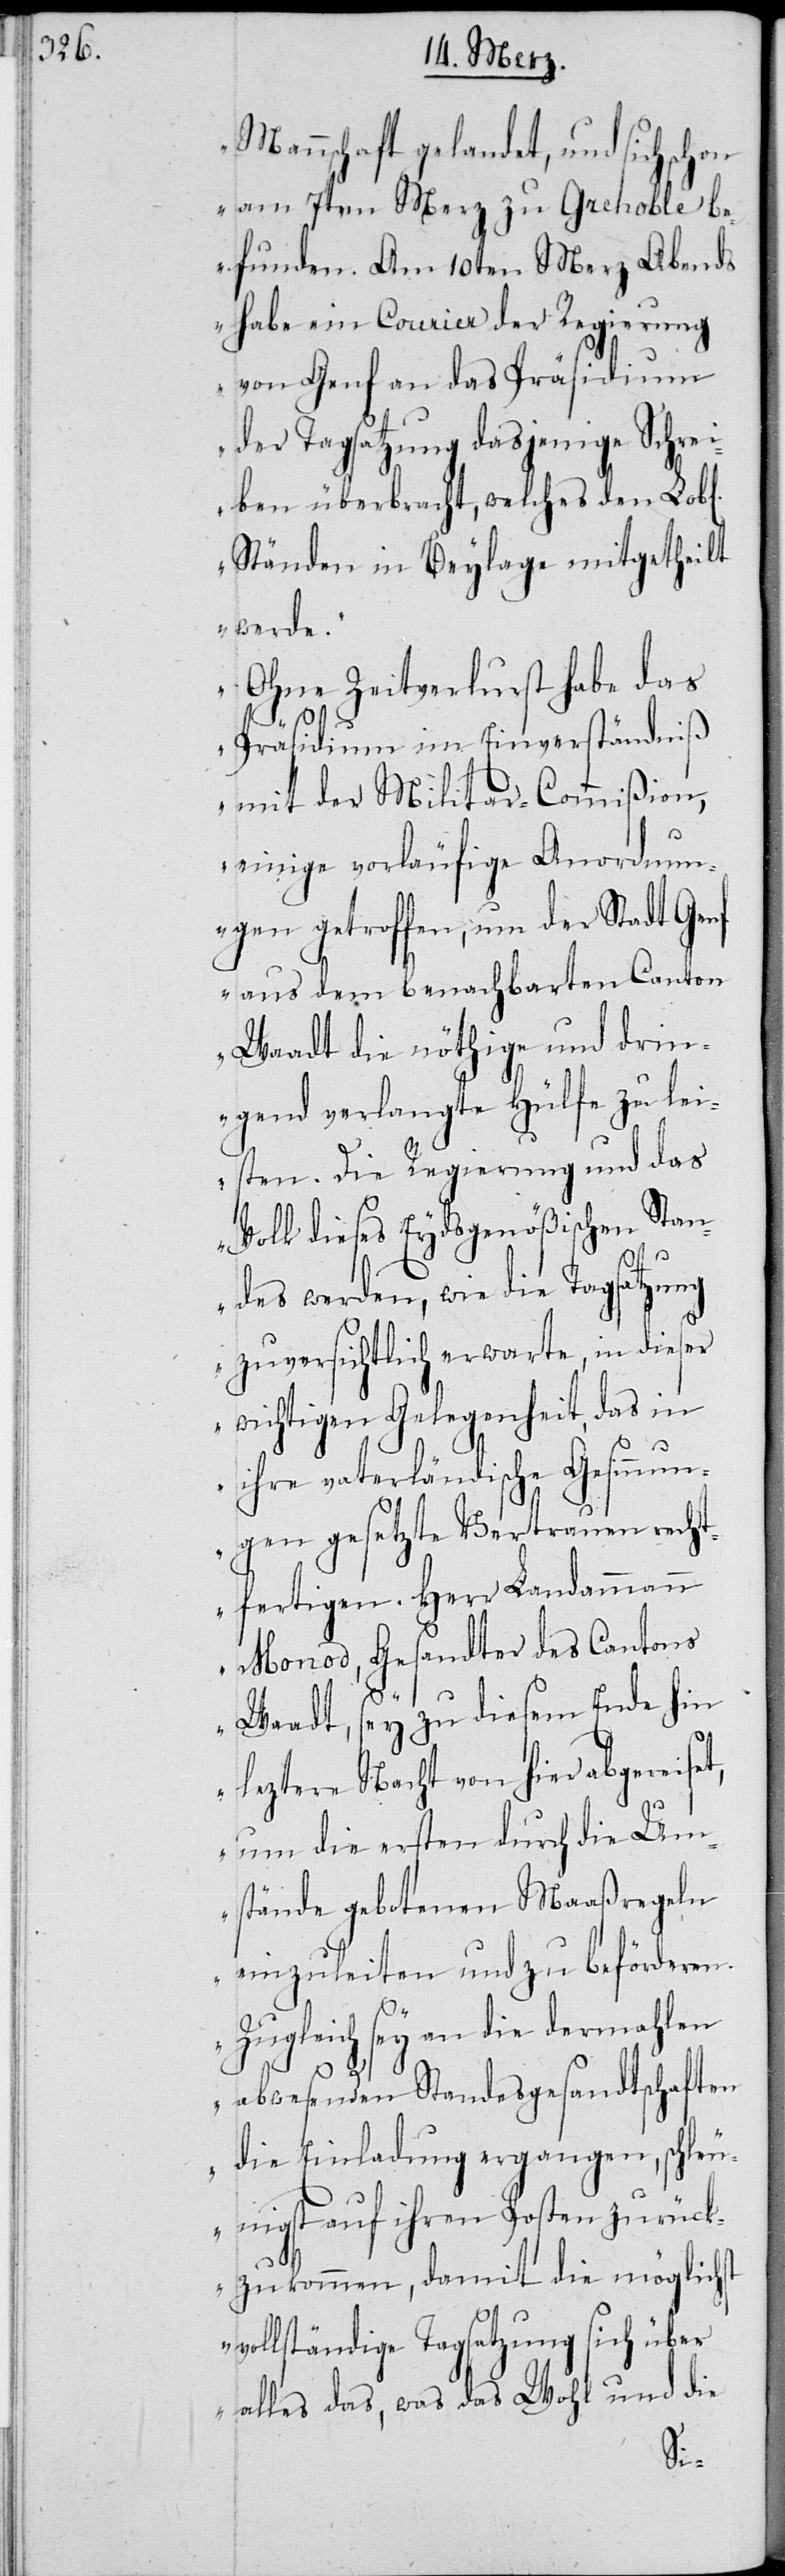
Mannschaft gelandet, und sich schon
am 7ten Merz zu Grenoble b¬
efunden. Am 10ten Merz Abends
habe ein Courier der Regierung
von Genf an das Präsidium
der Tagsatzung dasjenige Schrei¬
ben überbracht, welches den Lob¬
Ständen in Beylage mitgetheilt
werde.
Ohne Zeitverlust habe das
l[ichen]
Präsidium im Einverständniß
mit der Militar-Commißion,
einige vorläufige Anordnun¬
gen getroffen, um der Stadt Genf
aus dem benachbarten Canton
Waadt die nöthige und drin¬
gend verlangte Hülfe zu lei¬
sten. Die Regierung und das
Volk dieses Eydsgenößischen Stan¬
des werden, wie die Tagsatzung
zuversichtlich erwarte, in dieser
wichtigen Gelegenheit, das in
ihre vaterländische Gesinnun¬
g gesetzte Vertrauen recht¬
fertigen. Herr Landammann
Monod, Gesandter des Cantons
t,
Waadt, sey zu diesem Ende hin
leztere Nacht von hier abgereise¬
um die ersten durch die Um¬
stände gebotenen Maaßregeln
einzuleiten und zu beförderen.
Zugleich sei an die dermahlen
abwesenden Standesgesandtschaften
die Einladung ergangen, schleu¬
nigst auf ihren Posten zurück¬
zukommen, damit die möglichst
vollständige Tagsatzung sich über
alles das, was das Wohl und die